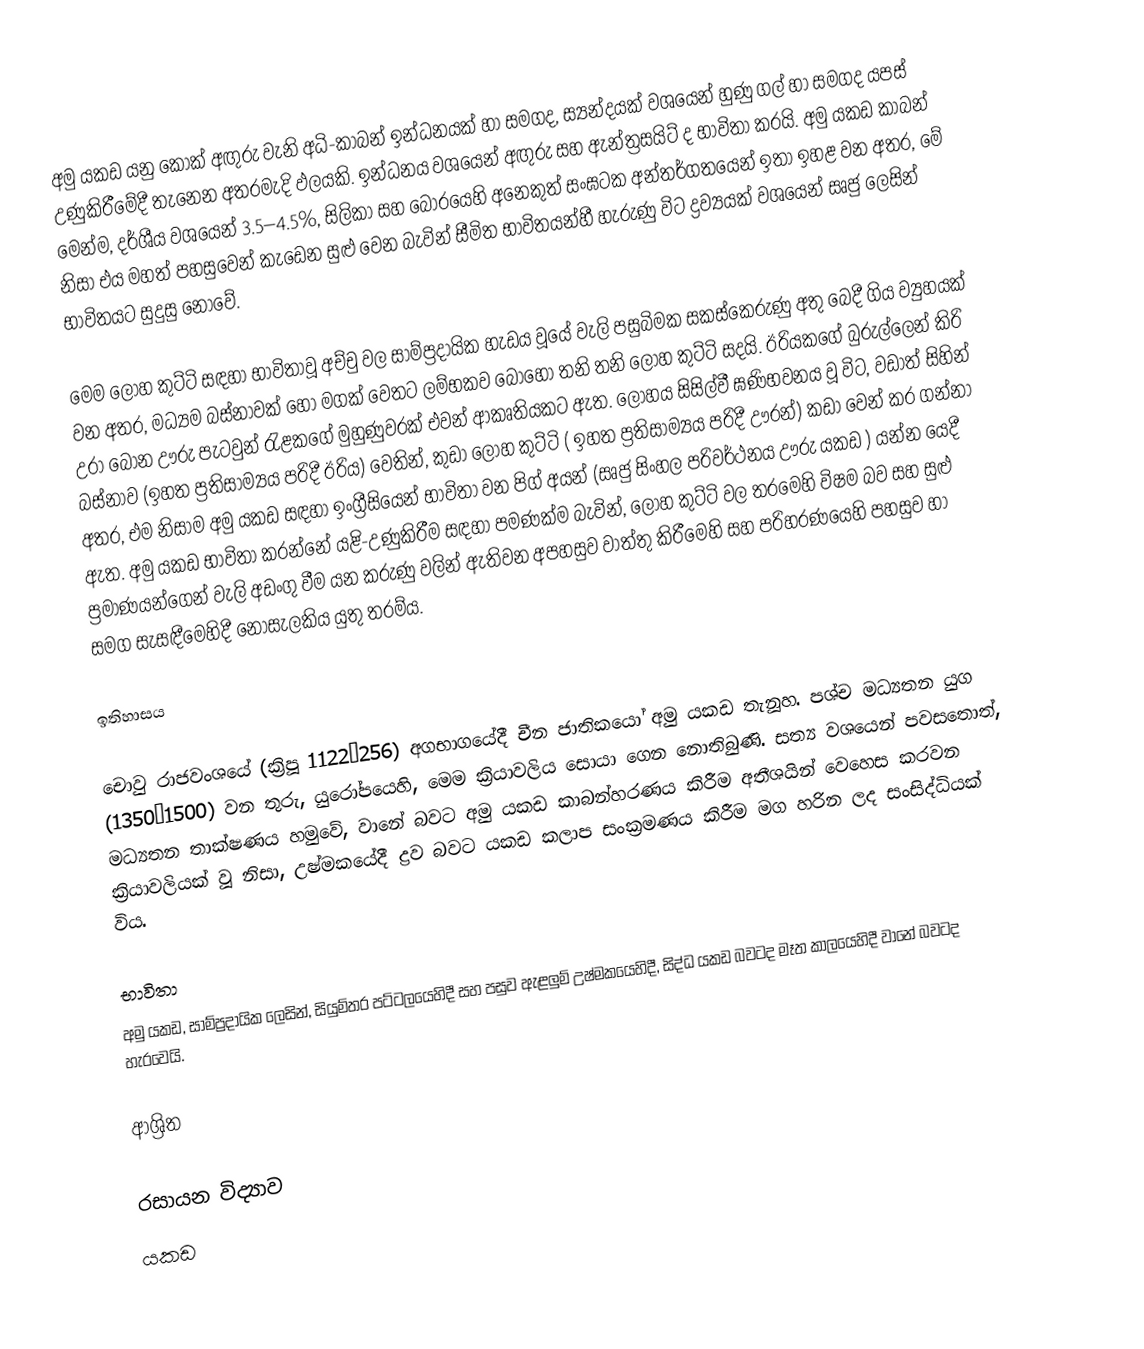
අමු යකඩ යනු  කෝක් අඟුරු වැනි  අධි-කාබන් ඉන්ධනයක් හා සමගද,  ස්‍යන්දයක් වශයෙන් හුණු ගල් හා සමගද  යපස් උණුකිරීමේදී තැනෙන අතරමැදි ඵලයකි. ඉන්ධනය වශයෙන් අඟුරු සහ ඇන්ත්‍රසයිට් ද භාවිතා කරයි. අමු යකඩ කාබන් මෙන්ම, දර්ශීය වශයෙන් 3.5–4.5%, සිලිකා සහ  බොරයෙහි අනෙකුත් සංඝටක අන්තර්ගතයෙන් ඉතා ඉහළ වන අතර, මේ නිසා එය මහත්  පහසුවෙන් කැඩෙන සුළු වෙන බැවින් සීමිත භාවිතයන්හී හැරුණු විට ද්‍රව්‍යයක් වශයෙන් සෘජු ලෙසින් භාවිතයට  සුදුසු නොවේ.

මෙම ලෝහ කුට්ටි සඳහා භාවිතාවූ අච්චු වල සාම්ප්‍රදායික හැඩය වූයේ  වැලි පසුබිමක සකස්කෙරුණු අතු බෙදී ගිය ව්‍යුහයක් වන අතර, මධ්‍යම බස්නාවක් හෝ  මගක් වෙතට ලම්භකව බොහෝ තනි තනි ලෝහ කුට්ටි සදයි. ඊරියකගේ බුරුල්ලෙන් කිරි උරා බොන ඌරු පැටවුන් රැළකගේ  මුහුණුවරක් එවන් ආකෘතියකට ඇත. ලෝහය සිසිල්වී ඝණිභවනය වූ විට, වඩාත් සිහින් බස්නාව (ඉහත ප්‍රතිසාම්‍යය පරිදී ඊරිය) වෙතින්,  කුඩා ලෝහ කුට්ටි ( ඉහත ප්‍රතිසාම්‍යය පරිදී ඌරන්) කඩා වෙන් කර ගන්නා අතර, එම නිසාම අමු යකඩ සඳහා ඉංග්‍රීසියෙන් භාවිතා වන පිග් අයන් (සෘජු සිංහල පරිවර්ථනය  ඌරු යකඩ ) යන්න යෙදී ඇත. අමු යකඩ භාවිතා කරන්නේ යළි-උණුකිරීම සඳහා  පමණක්ම බැවින්, ලෝහ කුට්ටි වල  තරමෙහි විෂම බව සහ සුළු ප්‍රමාණයන්ගෙන් වැලි අඩංගු වීම යන කරුණු වලින් ඇතිවන අපහසුව වාත්තු කිරීමෙහි සහ පරිහරණයෙහි පහසුව හා සමග සැසඳීමෙහිදී නොසැලකිය යුතු තරම්ය.

ඉතිහාසය

චොවු රාජවංශයේ  (ක්‍රිපූ 1122–256) අගභාගයේදී චීන ජාතිකයෝ අමු යකඩ තැනූහ.  පශ්ච මධ්‍යතන යුග (1350–1500) වන තුරු,  යුරෝපයෙහි, මෙම ක්‍රියාවලිය සොයා ගෙන නොතිබුණි.  සත්‍ය වශයෙන් පවසතොත්, මධ්‍යතන තාක්ෂණය හමුවේ, වානේ බවට අමු යකඩ කාබන්හරණය කිරීම අතීශයින්  වෙහෙස කරවන ක්‍රියාවලියක් වූ නිසා, උෂ්මකයේදී ද්‍රව බවට යකඩ කලාප සංක්‍රමණය කිරීම  මග හරින ලද සංසිද්ධියක් විය.

භාවිතා
අමු යකඩ, සාම්ප්‍රදායික ලෙසින්, සියුම්තර පට්ටලයෙහිදී සහ පසුව  ඇළලුම් උෂ්මකයෙහිදී, සිද්ධ යකඩ බවටද මෑත කාලයෙහිදී  වානේ බවටද හැරවෙයි.

ආශ්‍රිත

රසායන විද්‍යාව
යකඩ